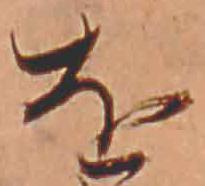
を